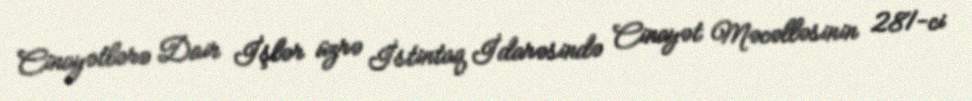
Cinayətlərə Dair İşlər üzrə İstintaq İdarəsində Cinayət Məcəlləsinin 281-ci